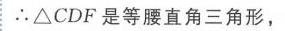
\(\therefore\triangle CDF\)是等腰直角三角形，